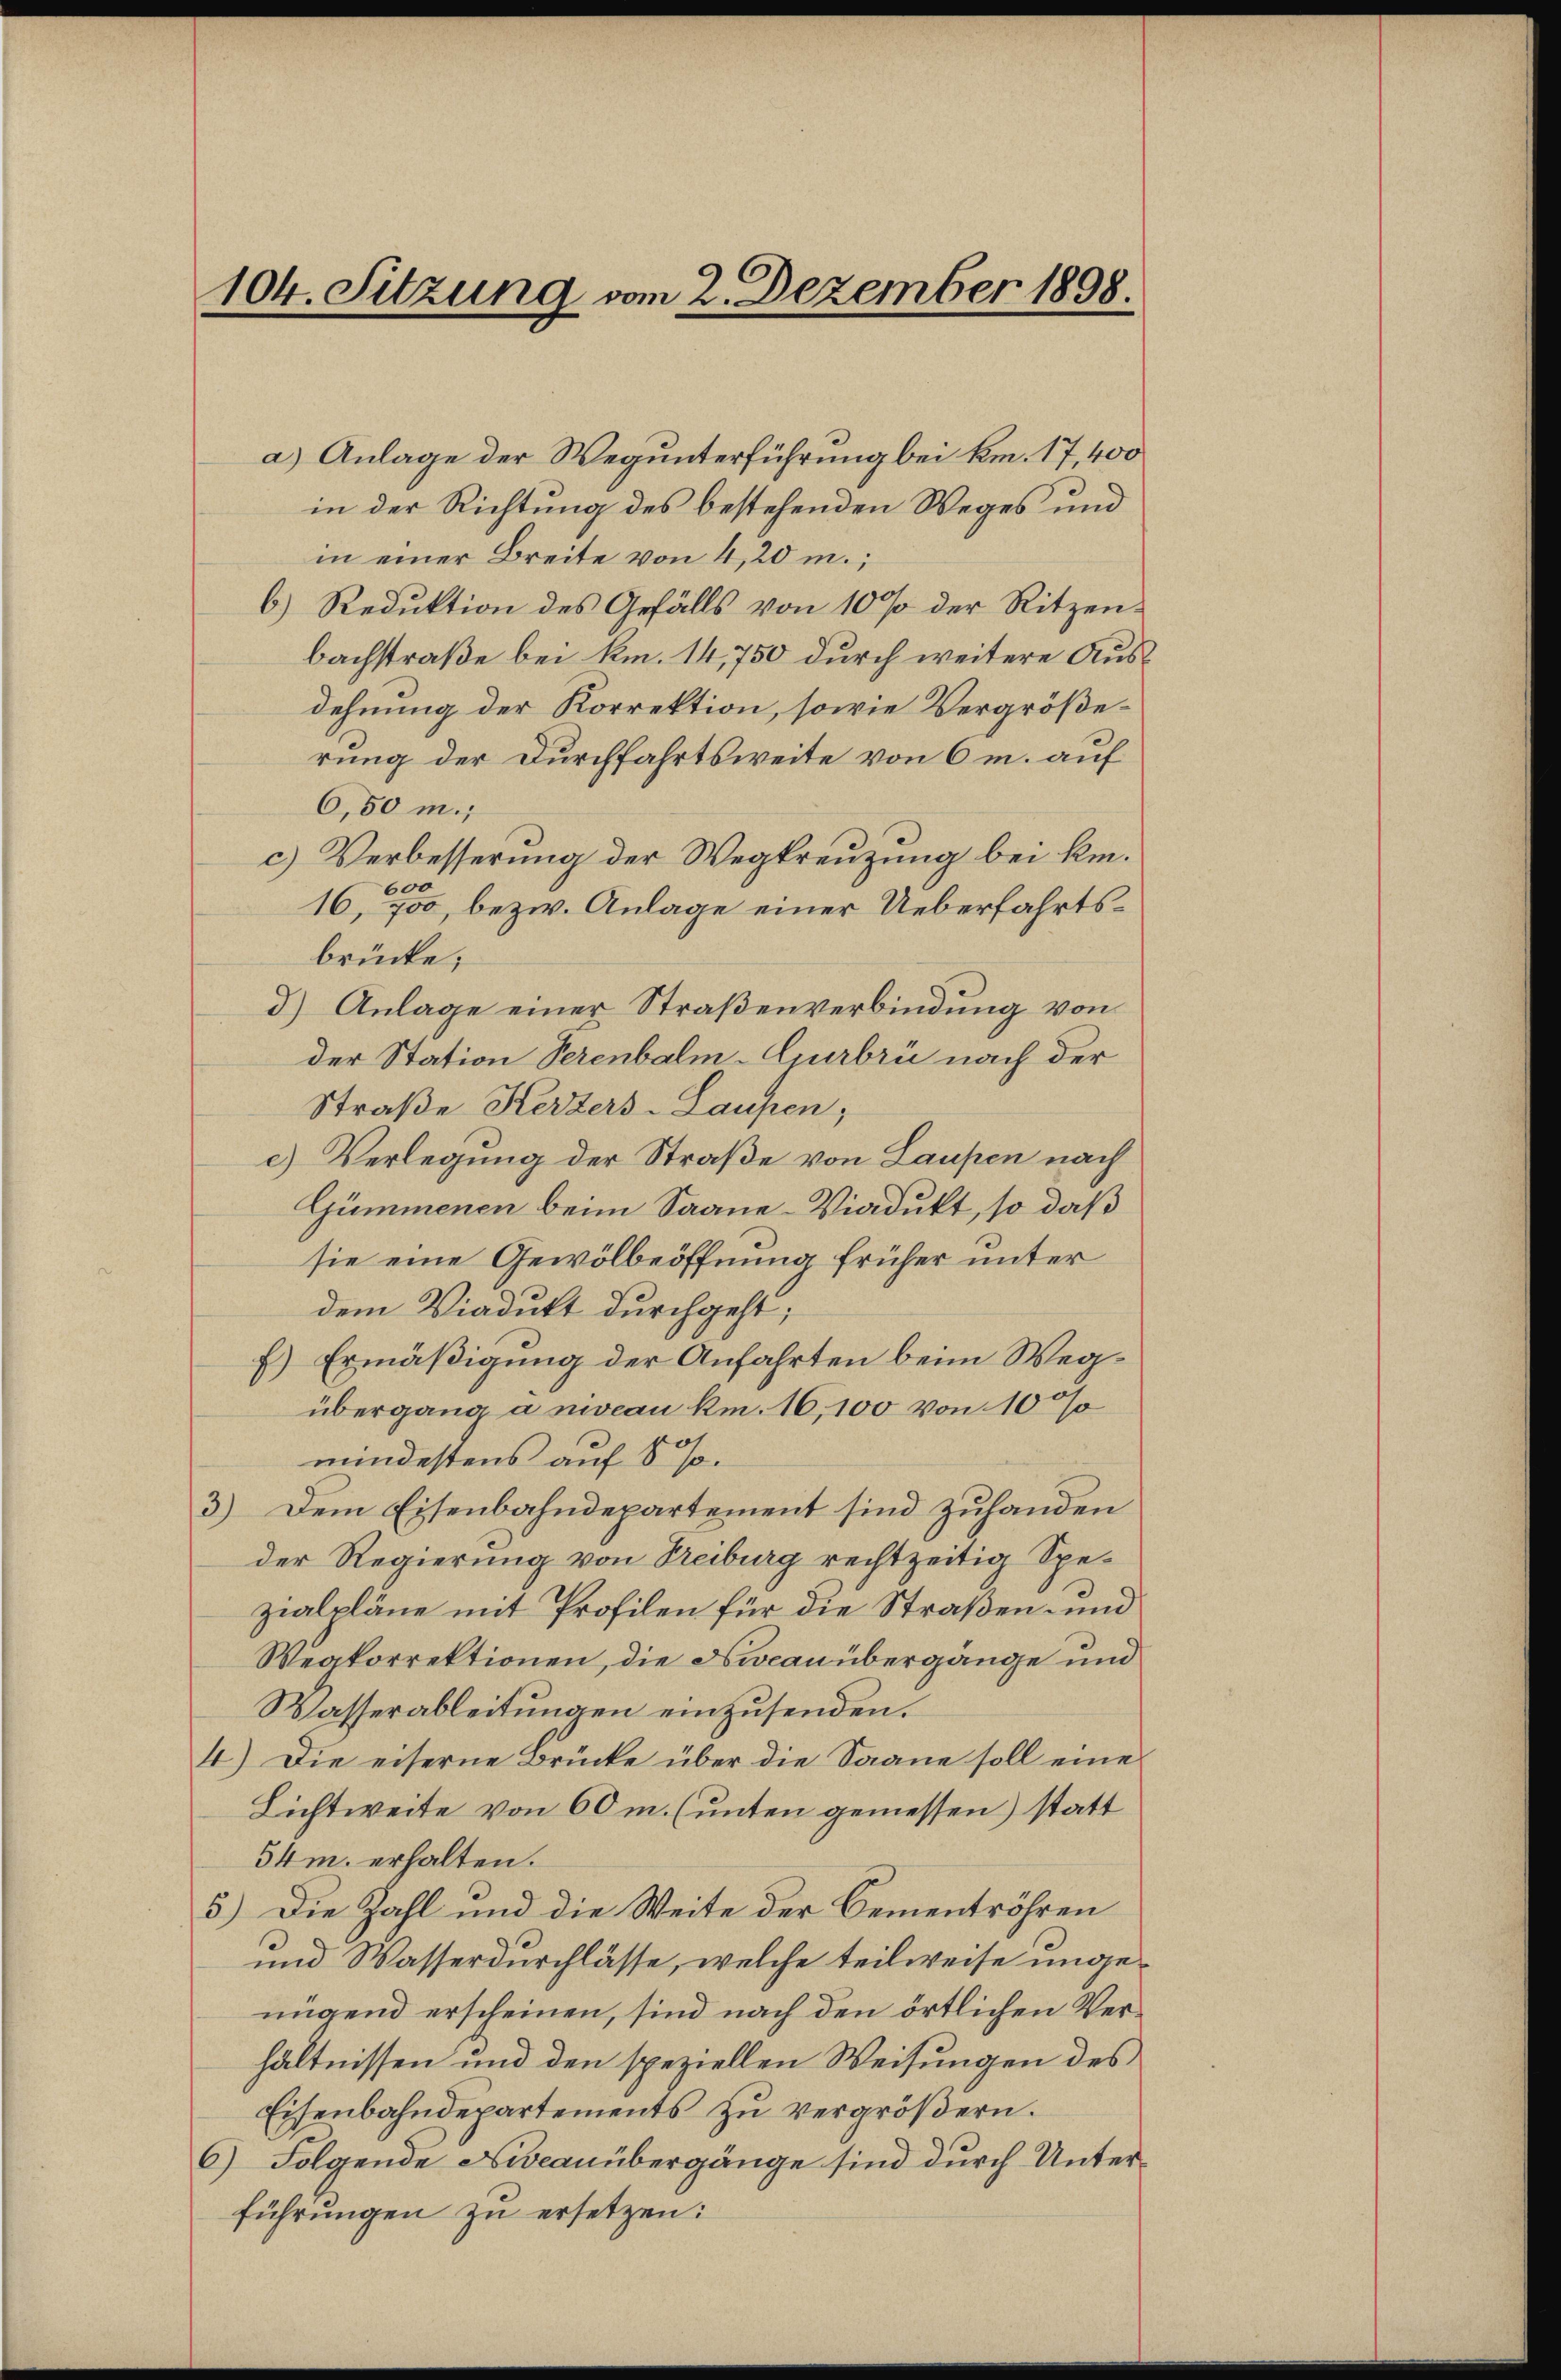
104. Sitzung vom 2. Dezember 1898.

a) Anlage der Wegunterführung bei km. 17, 400
in der Richtung des bestehenden Weges und
in einer Breite von 4,20 m
6.) Reduktion des Gefälls von 10 % der Ritzenbachstraße bei km. 14,750 durch weitere Ausdehnung der Korrektion, sowie Vergrößerung der Durchfahrtsweite von 6 m. auf
6,50 m.;
c) Verbesserung der Wegkreuzung bei kin¬
600
16, 700, bezw. Anlage einer Ueberfahrtsbrücke;
d.) Anlage einer Straßenverbindung von
der Station Serenbalm-Gurbri nach der
Straße Kerzers-Laupen;
c) Verlegung der Straße von Laupen nach
Gümmenen beim Saane-Viadukt, so daß
sie eine Gewölbeöffnung früher unter
dem Viadukt durchgeht;
f) Ermäßigung der Anfahrten beim Wegübergang a niveau km. 16,100 von 10%
mindestens auf 8 s.
3) Dem Eisenbahndepartement sind zuhanden
der Regierung von Treiburg rechtzeitig Spezialpläne mit Profilen für die Straßen- und
Weakorrektionen, die Nrocan übergänge und
Wasserableitungen einzusenden.
4.) Die eiserne Brücke über die Saane soll eine
Lichtweite von 60 m. (unten gemessen) statt
54m. erhalten.
5.) Die Zahl und die Weite der Bementröhren
und Wasserdurchlässe, welche teilweise ungenügend erscheinen, sind nach den örtlichen Verhältnissen und den speziellen Weisungen des
Eisenbahndepartements zu vergrößern.
6) Folgende Niveauübergänge sind durch Unterführungen zu ersetzen: